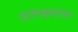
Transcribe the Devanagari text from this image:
धारणक्षमतेला